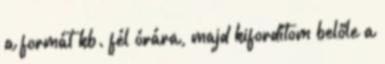
a formát kb. fél órára, majd kifordítom belőle a